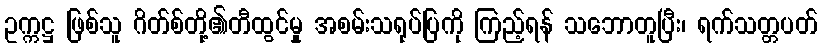
ဥက္ကဋ္ဌ ဖြစ်သူ ဂိတ်စ်တို့၏တီထွင်မှု အစမ်းသရုပ်ပြကို ကြည့်ရန် သဘောတူပြီး၊ ရက်သတ္တပတ်